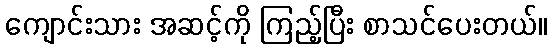
ကျောင်းသား အဆင့်ကို ကြည့်ပြီး စာသင်ပေးတယ်။